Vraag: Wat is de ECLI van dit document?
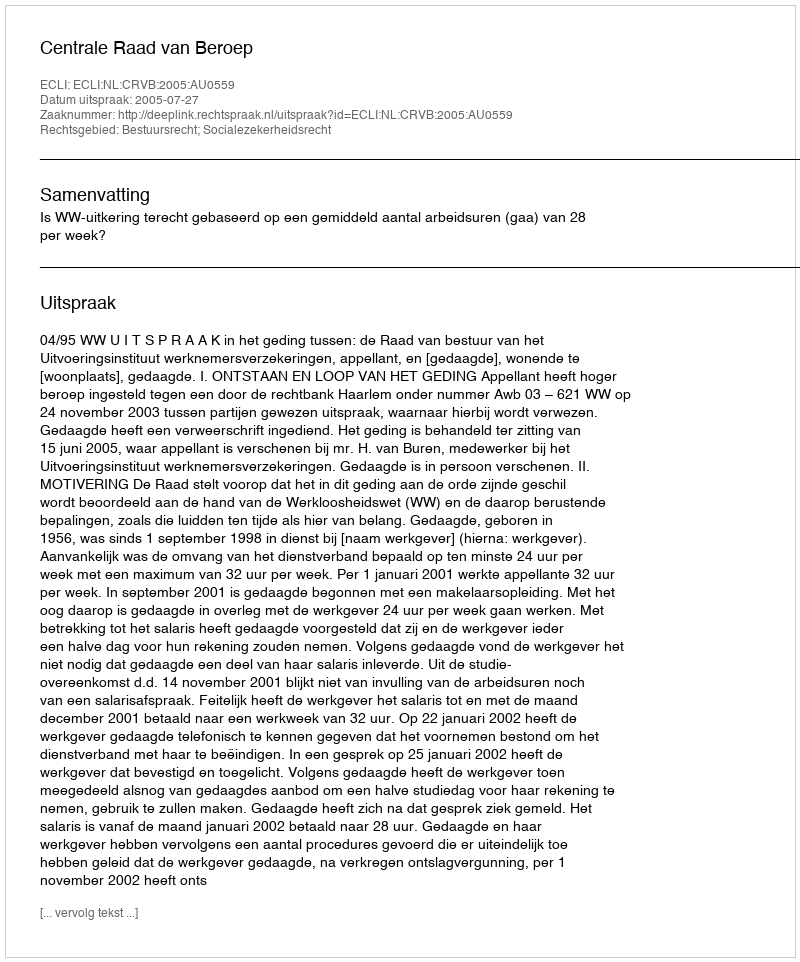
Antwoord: ECLI:NL:CRVB:2005:AU0559